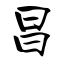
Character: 昌